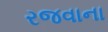
રજવાના